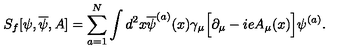
S _ { f } [ \psi , \overline { { \psi } } , A ] = \sum _ { a = 1 } ^ { N } \int d ^ { 2 } x \overline { { \psi } } ^ { ( a ) } ( x ) \gamma _ { \mu } \Big [ \partial _ { \mu } - i e A _ { \mu } ( x ) \Big ] \psi ^ { ( a ) } .